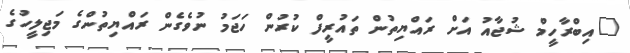
"އިބްރާހީމް ޝުޖާއު އަށް ރައްޔިތުން ތައުރީފް ކުރުން ހަޖަމު ނުވެގެން ރައްޔިތުންގެ މަޖިލީހުގެ